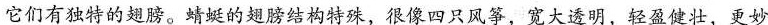
它们有独特的翅膀。蜻蜓的翅膀结构特殊，很像四只风筝，宽大透明，轻盈健壮，更妙